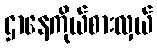
ဌာနေကိုယ်စားလှယ်